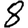
Digit: 8